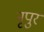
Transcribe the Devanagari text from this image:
नृपुर